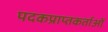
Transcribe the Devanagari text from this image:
पदकप्राप्तकर्ताओं